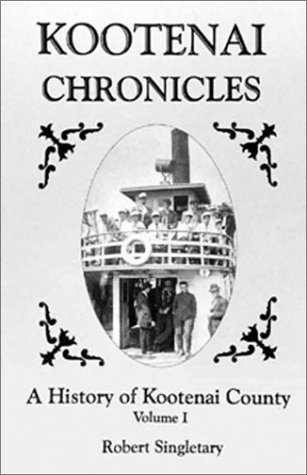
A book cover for Kootenai Chronicles: A History of Kootenai County; Robert Singletary; Travel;